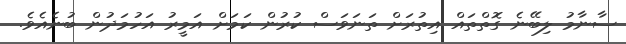
ސާނާމު ލިބޭނެ ގޮތްތައް އިތުރަށް ތަނަވަސް ކުރުން ކަމަށް އަމީރު އަހުމަދުން ބުނެއެވެ.